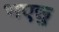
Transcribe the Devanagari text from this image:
भएछु